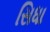
સિધા